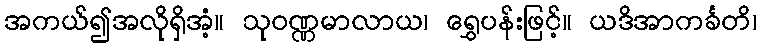
အကယ်၍အလိုရှိအံ့။ သုဝဏ္ဏမာလာယ၊ ရွှေပန်းဖြင့်။ ယဒိအာကင်္ခတိ၊